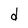
Character: d